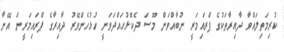
ކުރިމަތިލައްވާ ދާއިރާތަކުގެ ޕްރައިމަރީ ނުބާއްވަން މޫސަ ދެކޮޅުހައްދަވަނީ ހުޅުހެންވޭރު ދާއިރާގެ ޕްރައިމަރީން އޭނާ